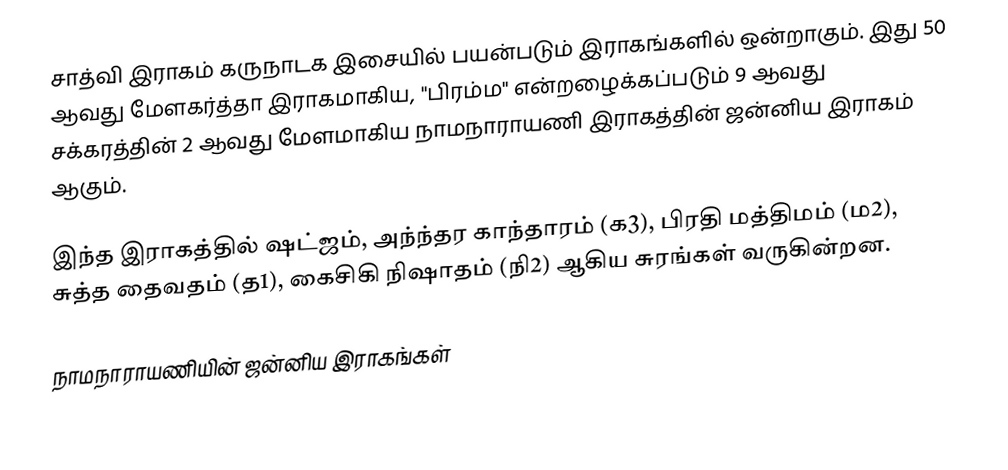
சாத்வி இராகம் கருநாடக இசையில் பயன்படும் இராகங்களில் ஒன்றாகும். இது 50 ஆவது மேளகர்த்தா இராகமாகிய, "பிரம்ம" என்றழைக்கப்படும் 9 ஆவது சக்கரத்தின் 2 ஆவது மேளமாகிய நாமநாராயணி இராகத்தின் ஜன்னிய இராகம் ஆகும்.

இந்த இராகத்தில் ஷட்ஜம், அந்ந்தர காந்தாரம் (க3), பிரதி மத்திமம் (ம2), சுத்த தைவதம் (த1), கைசிகி நிஷாதம்  (நி2) ஆகிய சுரங்கள் வருகின்றன.

நாமநாராயணியின் ஜன்னிய இராகங்கள்